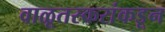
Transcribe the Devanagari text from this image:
वाळूतस्करांकडून